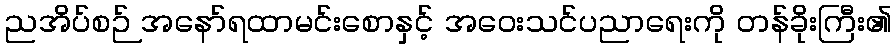
ညအိပ်စဉ် အနော်ရထာမင်းစောနှင့် အဝေးသင်ပညာရေးကို တန်ခိုးကြီး၏